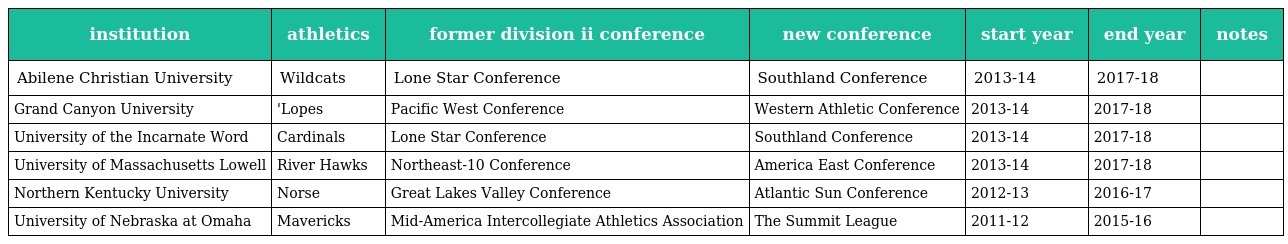
| institution | athletics | former division ii conference | new conference | start year | end year | notes |
 | --- | --- | --- | --- | --- | --- | --- |
 | Abilene Christian University | Wildcats | Lone Star Conference | Southland Conference | 2013-14 | 2017-18 |  |
 | Grand Canyon University | 'Lopes | Pacific West Conference | Western Athletic Conference | 2013-14 | 2017-18 |  |
 | University of the Incarnate Word | Cardinals | Lone Star Conference | Southland Conference | 2013-14 | 2017-18 |  |
 | University of Massachusetts Lowell | River Hawks | Northeast-10 Conference | America East Conference | 2013-14 | 2017-18 |  |
 | Northern Kentucky University | Norse | Great Lakes Valley Conference | Atlantic Sun Conference | 2012-13 | 2016-17 |  |
 | University of Nebraska at Omaha | Mavericks | Mid-America Intercollegiate Athletics Association | The Summit League | 2011-12 | 2015-16 |  |